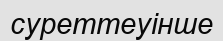
суреттеуінше